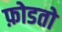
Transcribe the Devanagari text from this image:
फ़ोडतो